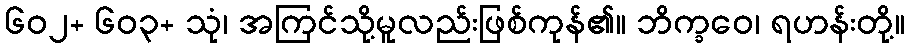
၆၀၂+ ၆၀၃+ သုံ၊ အကြင်သို့မူလည်းဖြစ်ကုန်၏။ ဘိက္ခဝေ၊ ရဟန်းတို့။